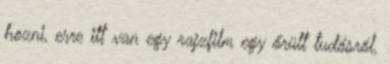
hozni, erre itt van egy rajzfilm egy őrült tudósról,